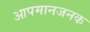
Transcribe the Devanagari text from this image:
आपमानजनक